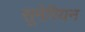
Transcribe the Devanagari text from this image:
सूमेरियन